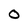
Character: O